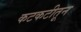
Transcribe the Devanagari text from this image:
कटकटीतून